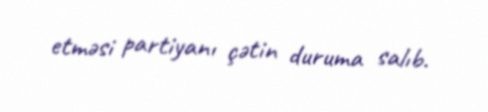
etməsi partiyanı çətin duruma salıb.